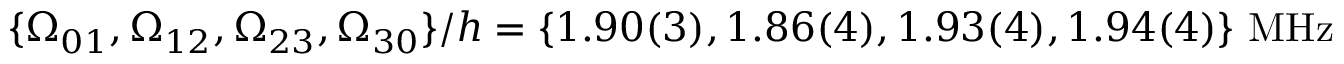
\{ \Omega _ { 0 1 } , \Omega _ { 1 2 } , \Omega _ { 2 3 } , \Omega _ { 3 0 } \} / h = \{ 1 . 9 0 ( 3 ) , 1 . 8 6 ( 4 ) , 1 . 9 3 ( 4 ) , 1 . 9 4 ( 4 ) \} ~ \mathrm { M H z }